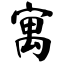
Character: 寓